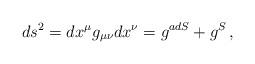
LaTeX: \begin{align*}ds^2 = dx^\mu g_{\mu\nu} dx^\nu = g^{adS} + g^{S}\,,\end{align*}